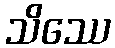
သိဿေ